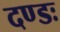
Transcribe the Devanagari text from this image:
दण्डः